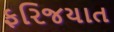
ફરિજયાત